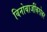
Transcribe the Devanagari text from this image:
विनोबाजींबरोबर